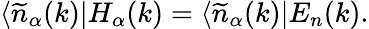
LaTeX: \langle\widetilde{n}_{\alpha}(k)|H_{\alpha}(k)=\langle\widetilde{n}_{\alpha}(k)|E_{n}(k).